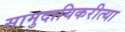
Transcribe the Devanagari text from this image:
सामुदायिकरीत्या